Scottish Leaving Certificate Examination, 1951
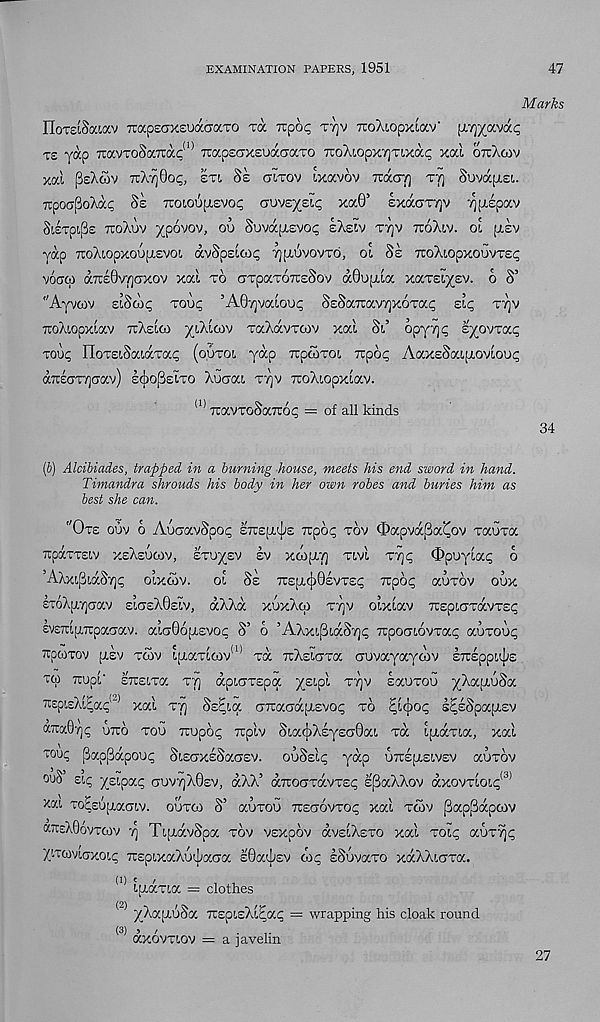
EXAMINATION PAPERS, 1951
47
Marks
HoraSaiocv irapsaxeuacraTO Ta Tupo<; tt]v TroAiopxiocv' piTjxocvac;
ts yap TravToSaTrac 10 TcapscrxeuaaaTO TroXiopxyjTixa^ xai otcXoiv
xal (kAcov 7iA^6o<;, sti Ss ctItov ixavov rcaciT] tt] SuvapiEi.
TcpotjpoAat; Se Ttoioupievo^ auvs^etc; xa0’ exacjTTjv yptipav
SisTpipe ttoAuv ^povov, oo Suvaptevoi; sAew ttjv ttoAlv. ol [izv
yap TOAtopxoupievo!, avSpEiaip TjpiuvovTd, ol Se TuoAiopxouvTE^
voaco KTteOvfjGxov xai to cTpaTOTcsSov aOup-ia xaTEi^sv. o S’
"Ayvcov elScoi; too? ’A07]vaiou<; SsSaTtav^xora^ dq ttjv
xoAiopxiav ttAelco ^lAicov TaAavTtov xai St.’ 6pyi)t; l^ovrat;
tou^ noTEiSairfcTa.i; (ootoi yap TTpcoTOt Tipot; AaxsSaifxoviou^
aT£(7T7]crav) I^oPeIto Aucjat. ttjv TroAtopxiav.
(1) TuavToSairop; = of all kinds
34
(b) Alcibiades, trapped in a burning house, meets his end sword in hand.
Timandra shrouds his body in her own robes and buries him as
best she can.
"Ote oov o AoaavSpo^ STrspujis itpoc; tov Oapya^a^ov Taoxa
TpaTTEiv xeAeucov, etu)££v ev xcopiT] Tivi 'VTjq Opuyia^ o
’AAxipiaS7)i; oixcov. ol Se TC£pL(j>0£VT£i; Trpot; aoxov oux
EToApLYjaav £icj£A0£ , iv, aAAa xuxAco ttjv oixiav TrspLcrTavTEi;
evETripiTTpatrav. aia06[j.£voc S’ o ’AAxL(3t.aS'/)p TzpoGiovraq ccurovq
irpoiTov (Xev toov ipLaxioov 01 xa TrAEiaxa aovayayoiv E7r£ppit|j£
TCp TTOpi’ ETTELXa XT] apiCTXEpa X £L P' L T^V
X^0 0 !^^1 7 -
TtEpLEAi^a^' 1 xai xtj Ss^ia crTraaafXEVOp xo Zj.§oq s^sSpapt-sv
axa0T)p uxo xoo Ttupoi; irpiv St.acjiAEyEO'Oat, xa ipiaxia, xai
" ou ? {3apPapou<; SiEGXESaasv. ouSsi^ yap u~eu.e!.vev auxov
ouS ziq jeipa.q auv^AOev, a.AA’ airoaxavTsc spaAAov axovxioi<; <J)
xai xo^EupiaGiv. ooxco S’ auxou ttegovxo^ xai xoov PapPapcov
ktceAOovxcov 7] TipidvSpa tov vexpov dvEiAsTO xai xoit; aux?]^
XiTwviaxoip X£pixaAo<|iaGa I0at];EV oi^ sSuvaxo xocAAiaxa.
(1) ipidxia = clothes
(5 xAajauSa TTEpisAi^ai; = wrapping his cloak round
(3) 3 /
....
ocxovtiov = a javelin
27